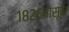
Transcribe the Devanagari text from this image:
१८२६पासून